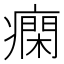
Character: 𤺛